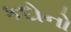
કદોનો